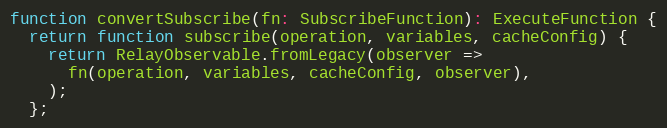
Language: JavaScript
function convertSubscribe(fn: SubscribeFunction): ExecuteFunction {
  return function subscribe(operation, variables, cacheConfig) {
    return RelayObservable.fromLegacy(observer =>
      fn(operation, variables, cacheConfig, observer),
    );
  };